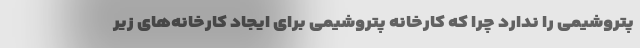
پتروشیمی را ندارد چرا که کارخانه پتروشیمی برای ایجاد کارخانه‌های زیر